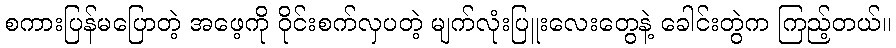
စကားပြန်မပြောတဲ့ အဖေ့ကို ဝိုင်းစက်လှပတဲ့ မျက်လုံးပြူးလေးတွေနဲ့ ခေါင်းတွဲက ကြည့်တယ်။